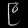
Digit: ၉